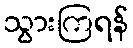
သွားကြရန်